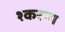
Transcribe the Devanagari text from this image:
श्करना